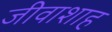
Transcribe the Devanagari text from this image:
जीवाशाह